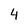
Character: 4